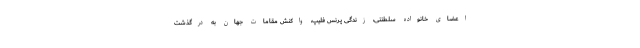
اعضای خانواده سلطنتی، زندگی پرنس فلیپ، واکنش مقامات جهان به درگذشت